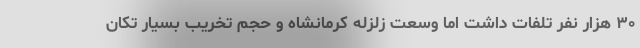
۳۰ هزار نفر تلفات داشت اما وسعت زلزله کرمانشاه و حجم تخریب بسیار تکان